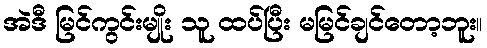
အဲဒီ မြင်ကွင်းမျိုး သူ ထပ်ပြီး မမြင်ချင်တော့ဘူး။